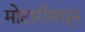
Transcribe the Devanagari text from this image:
मोटारीमधून